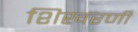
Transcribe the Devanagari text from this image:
शिखरणी